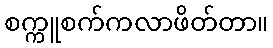
စက္ကူစက်ကလာဖိတ်တာ။